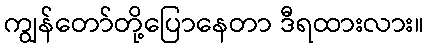
ကျွန်တော်တို့ပြောနေတာ ဒီရထားလား။